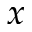
x